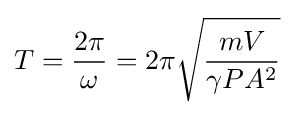
T={\frac {2\pi }{\omega }}=2\pi {\sqrt {\frac {mV}{\gamma P{A}^{2}}}}